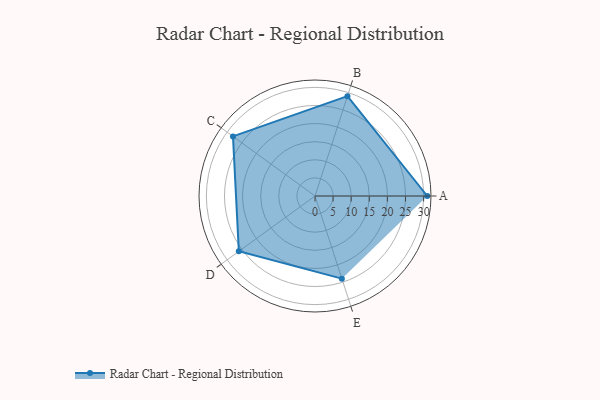
{"axis": {"x": "Skill", "y": "Score"}, "legend": ["Profile"], "data": [{"x": "A", "y": 31.0, "type": "Profile"}, {"x": "B", "y": 29.0, "type": "Profile"}, {"x": "C", "y": 28.0, "type": "Profile"}, {"x": "D", "y": 26.0, "type": "Profile"}, {"x": "E", "y": 24.0, "type": "Profile"}]}